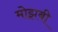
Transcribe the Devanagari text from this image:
मोझबी